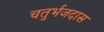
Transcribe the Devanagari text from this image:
चतुर्भजदास